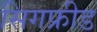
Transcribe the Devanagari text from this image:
सिगफ्रीड